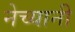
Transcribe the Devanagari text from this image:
नेच्यानी